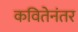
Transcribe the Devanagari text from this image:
कवितेनंतर